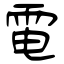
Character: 電